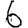
Digit: 6